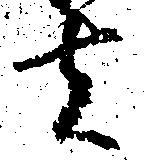
者